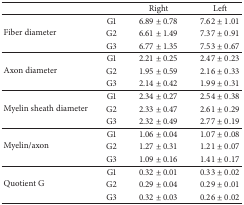
|  |  | Right | Left |
 | --- | --- | --- | --- |
 | <ROWSPAN=3> Fiber diameter | G1 | 6.89 ± 0.78 | 7.62 ± 1.01 |
 | G2 | 6.61 ± 1.49 | 7.37 ± 0.91 |
 | G3 | 6.77 ± 1.35 | 7.53 ± 0.67 |
 | <ROWSPAN=3> Axon diameter | G1 | 2.21 ± 0.25 | 2.47 ± 0.23 |
 | G2 | 1.95 ± 0.59 | 2.16 ± 0.33 |
 | G3 | 2.14 ± 0.42 | 1.99 ± 0.31 |
 | <ROWSPAN=3> Myelin sheath diameter | G1 | 2.34 ± 0.27 | 2.54 ± 0.38 |
 | G2 | 2.33 ± 0.47 | 2.61 ± 0.29 |
 | G3 | 2.32 ± 0.49 | 2.77 ± 0.19 |
 | <ROWSPAN=3> Myelin/axon | G1 | 1.06 ± 0.04 | 1.07 ± 0.08 |
 | G2 | 1.27 ± 0.31 | 1.21 ± 0.07 |
 | G3 | 1.09 ± 0.16 | 1.41 ± 0.17 |
 | <ROWSPAN=3> Quotient G | G1 | 0.32 ± 0.01 | 0.33 ± 0.02 |
 | G2 | 0.29 ± 0.04 | 0.29 ± 0.01 |
 | G3 | 0.32 ± 0.03 | 0.26 ± 0.02 |